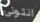
انتونى